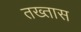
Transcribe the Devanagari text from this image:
तख्तास